Civil Veterinary Dept. North-West Frontier Province 1901-22 - 1901-1922
Year: 1901
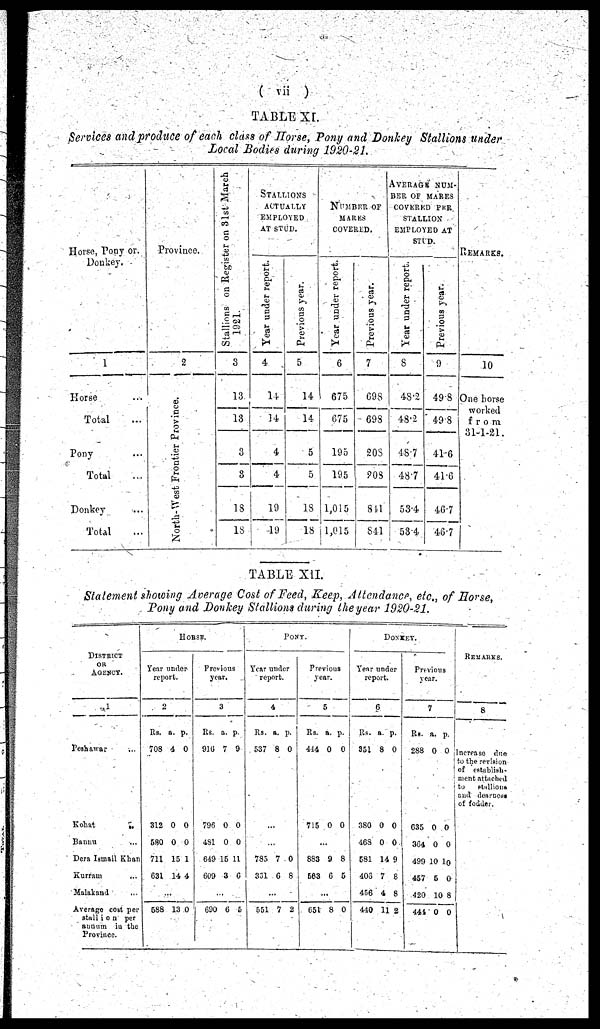
(vii)
TABLE XL
Services and produce of each class of Horse, Pony and Donkey Stallions under
Loral Bodies during 1020-21.
Horse, Pony or.
Donkey.
1
Horse ...
Total ...
Pony ...
Total ...
Donkey ...
Total ...
Province.
2
North-West Frontier Province.
Stallions on Register on 31st March
1921.
3
13
13
3
3
18
18
STALLIONS
ACTUALLY
EMPLOYED
AT STUD.
Year under report.
4
14
14
4
4
19
19
Previous year.
5
14
14
5
5
18
18
NUMBER OF
MARES
COVERED.
Year under report.
6
675
675
195
195
1,015
1,015
Previous year.
7
698
698
208
208
4 841
841
AVERAGE NUM-
BER OF MARES
COVERED PER
STALLION
EMPLOYED AT
STUD.
Year under report.
8
48.2
48.2
48.7
48.7
53.4
53.4
Previous year.
9
49.8
49.8
41.6
41.6
46.7
46.7
REMARKS.
10
One horse
worked
from
31-1-21.
TABLE XII.
Statement showing Average Cost of Feed, Keep, Attendance, etc., of Horse,
Pony and Donkey Stallions during the year 1920-21.
DISTRICT
OR
AGENCY
1
Peshawar ...
Kohat
...
Bannu ...
Dera Ismail Khan
Kurram ...
Malakand ...
Average cost per
stallion
per
annum in the
Province.
HORSE.
Year under
report.
2
Rs.
708
312
580
711
631
...
588
a.
4
0
0
15
14
13
p.
0
0
0
1
4
0
Previous
year.
3
Rs.
916
796
481
649
609
690
a.
7
0
0
15
3
...
6
p.
9
0
0
11
6
5
PONY.
Year under
report.
4
Rs.
537
...
...
785
351
551
a.
8
7
6
...
7
p.
0
0
8
2
Previous
year.
5
Rs.
444
715
...
883
563
651
a.
0
0
9
8
...
8
p.
0
0
8
5
0
DONKEY.
Year under
report.
6
Rs.
351
380
468
581
406
456
440
a.
8
0
0
14
7
4
11
p.
0
0
0
9
8
8
2
Previous
year.
7
Rs.
288
635
364
499
457
420
441
a.
0
0
0
10 10
5
10
0
p.
0
0
0
0
8
0
REMARKS.
8
Incrase due
to the revision
of establish-
ment attached
to
stallions
and
dearness
of fodder.